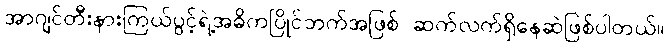
အာဂျင်တီးနားကြယ်ပွင့်ရဲ့အဓိကပြိုင်ဘက်အဖြစ် ဆက်လက်ရှိနေဆဲဖြစ်ပါတယ်။